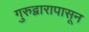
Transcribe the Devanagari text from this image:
गुरुद्वारापासून